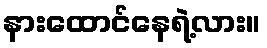
နားထောင်နေရဲ့လား။